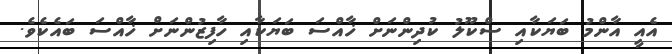
އެއީ އާންމު ބަޔަކާއި ސްކޫލު ކުދިންނަށް ޚާއްސަ ބަޔަކާއި ހާފިޒުންނަށް ޚާއްސަ ބައެކެވެ.